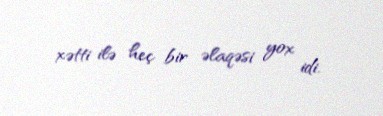
xətti ilə heç bir əlaqəsi yox idi.